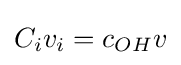
C_{i}v_{i}=c_{OH}v